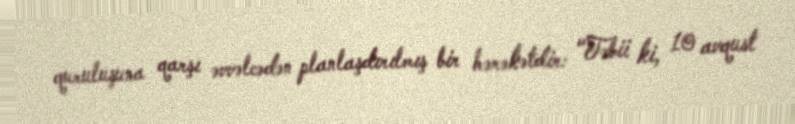
quruluşuna qarşı əvvəlcədən planlaşdırılmış bir hərəkətdir: "Təbii ki, 10 avqust